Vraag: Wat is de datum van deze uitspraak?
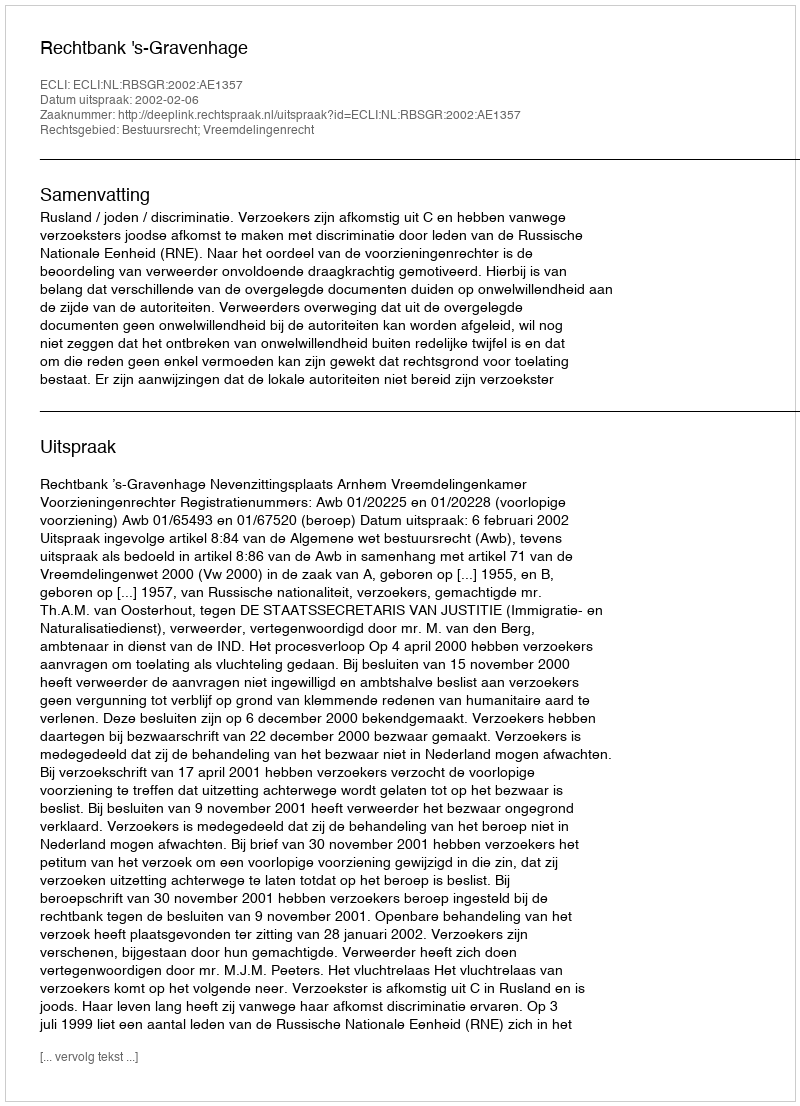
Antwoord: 2002-02-06